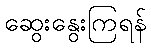
ဆွေးနွေးကြရန်